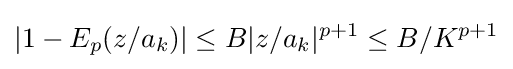
|1-E_{p}(z/a_{k})|\leq B|z/a_{k}|^{p+1}\leq B/K^{p+1}